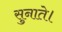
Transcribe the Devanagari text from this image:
सुनाते।